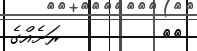
١٣         ރަށެއްގެ